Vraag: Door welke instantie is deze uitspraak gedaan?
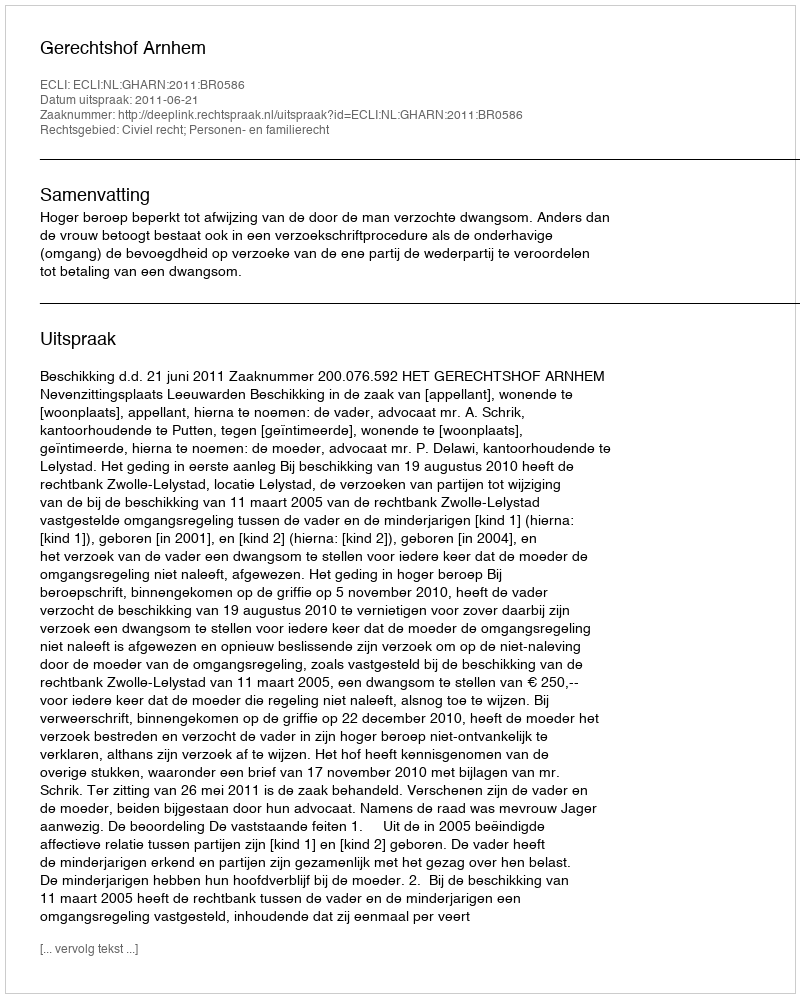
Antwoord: Gerechtshof Arnhem